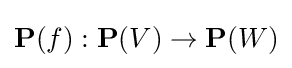
\mathbf {P} (f):\mathbf {P} (V)\to \mathbf {P} (W)